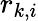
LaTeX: r_{k,i}